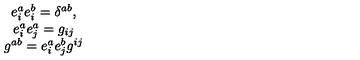
\begin{array} { c } { e _ { i } ^ { a } e _ { i } ^ { b } = \delta ^ { a b } , } \\ { e _ { i } ^ { a } e _ { j } ^ { a } = g _ { i j } } \\ { g ^ { a b } = e _ { i } ^ { a } e _ { j } ^ { b } g ^ { i j } } \\ \end{array}